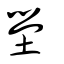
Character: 壆